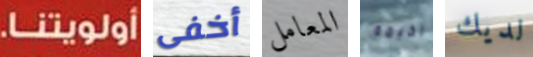
أولويتنا. أخفى المعامل الخيمة لديك